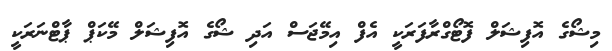
މިޝޯގެ އޮފިޝަލް ފޮޓޯގްރާފަރަކީ އެފް އިމޭޖަސް އަދި ޝޯގެ އޮފިޝަލް މޭކަޕް ޕާޓްނަރަކީ